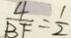
\frac { 4 } { B F } = \frac { 1 } { 2 }